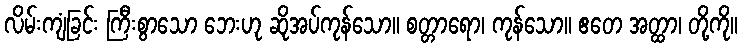
လိမ်းကျံခြင်း ကြီးစွာသော ဘေးဟု ဆိုအပ်ကုန်သော။ စတ္တာရော၊ ကုန်သော။ ဧတေ အတ္ထာ၊ တို့ကို။